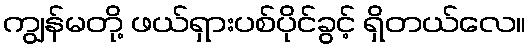
ကျွန်မတို့ ဖယ်ရှားပစ်ပိုင်ခွင့် ရှိတယ်လေ။